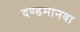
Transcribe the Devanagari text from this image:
दण्डमानवा